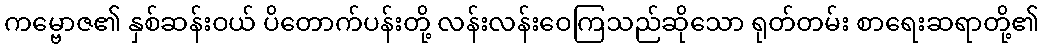
ကမ္ဗောဇ၏ နှစ်ဆန်းဝယ် ပိတောက်ပန်းတို့ လန်းလန်းဝေကြသည်ဆိုသော ရုတ်တမ်း စာရေးဆရာတို့၏